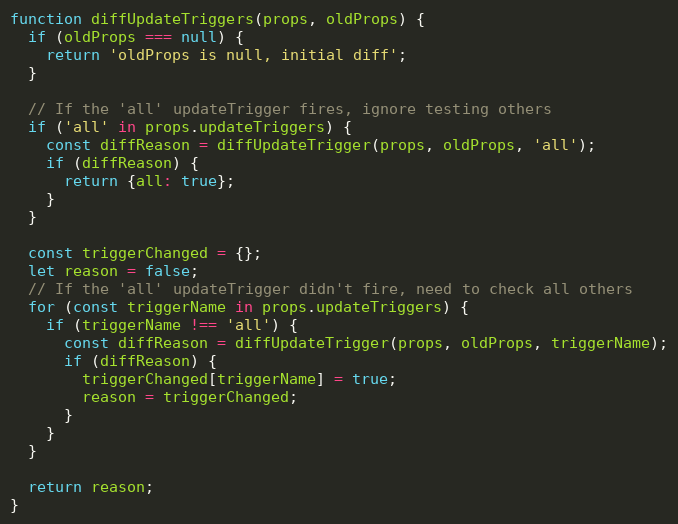
Language: JavaScript
function diffUpdateTriggers(props, oldProps) {
  if (oldProps === null) {
    return 'oldProps is null, initial diff';
  }

  // If the 'all' updateTrigger fires, ignore testing others
  if ('all' in props.updateTriggers) {
    const diffReason = diffUpdateTrigger(props, oldProps, 'all');
    if (diffReason) {
      return {all: true};
    }
  }

  const triggerChanged = {};
  let reason = false;
  // If the 'all' updateTrigger didn't fire, need to check all others
  for (const triggerName in props.updateTriggers) {
    if (triggerName !== 'all') {
      const diffReason = diffUpdateTrigger(props, oldProps, triggerName);
      if (diffReason) {
        triggerChanged[triggerName] = true;
        reason = triggerChanged;
      }
    }
  }

  return reason;
}